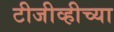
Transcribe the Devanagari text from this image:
टीजीव्हीच्या